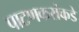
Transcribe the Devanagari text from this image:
पाटणकरांकडे